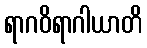
ရာဂဝိရာဂါယာတိ